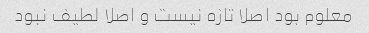
معلوم بود اصلا تازه نیست و اصلا لطیف نبود